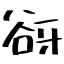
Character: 谺